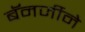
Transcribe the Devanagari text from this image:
बॅनर्जीने